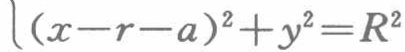
\((x - r - a)^2 + y^2 = R^2\)